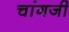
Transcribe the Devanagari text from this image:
चांगजी